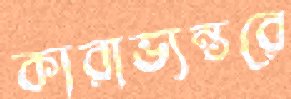
কারাভ্যন্তরে